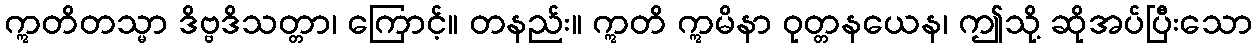
ဣတိတသ္မာ ဒိဗ္ဗဒိသတ္တာ၊ ကြောင့်။ တနည်း။ ဣတိ ဣမိနာ ဝုတ္တနယေန၊ ဤသို့ ဆိုအပ်ပြီးသော